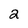
Character: 2